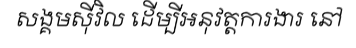
សង្គមស៊ីវិល ដើម្បីអនុវត្តការងារ នៅ